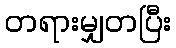
တရားမျှတပြီး